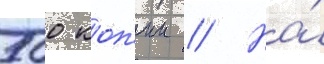
500 коп'ии // На́